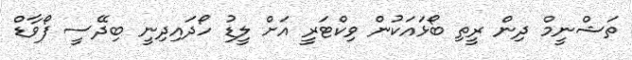
ތަޝްނީމް ދިން ރީތި ބޯޅައަކުން ވިކްޓަރީ އަށް ލީޑު ހޯދައިދިނީ ބިދޭސީ ފޯވާޑް